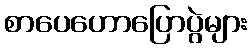
စာပေဟောပြောပွဲများ